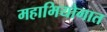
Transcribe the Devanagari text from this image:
महाभियोगात